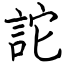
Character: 詑